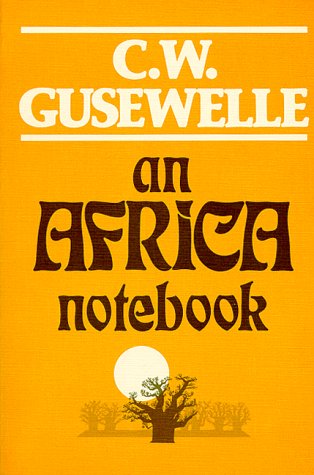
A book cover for Africa Notebook; C. W. Gusewelle; Travel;